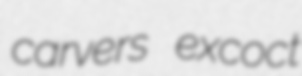
carvers excoct